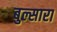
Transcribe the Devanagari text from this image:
बुल्सारा